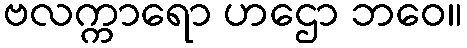
ဗလက္ကာရော ဟဌော ဘဝေ။